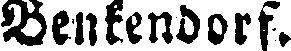
Benkendorf.